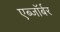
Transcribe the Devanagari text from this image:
एब्जॉर्बर